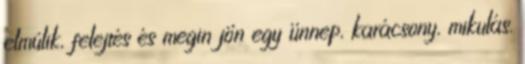
elmúlik, felejtés és megin jön egy ünnep, karácsony, mikulás.